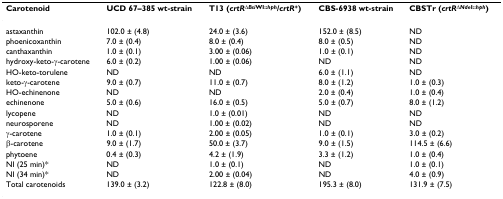
| Carotenoid | UCD 67–385 wt-strain | T13 (crtRΔBsiWI::hph/crtR+) | CBS-6938 wt-strain | CBSTr (crtRΔNdeI::hph) |
 | --- | --- | --- | --- | --- |
 | astaxanthin | 102.0 ± (4.8) | 24.0 ± (3.6) | 152.0 ± (8.5) | ND |
 | phoenicoxanthin | 7.0 ± (0.4) | 8.0 ± (0.4) | 8.0 ± (0.5) | ND |
 | canthaxanthin | 1.0 ± (0.1) | 3.00 ± (0.06) | 1.0 ± (0.1) | ND |
 | hydroxy-keto-γ-carotene | 6.0 ± (0.2) | 1.00 ± (0.06) | ND | ND |
 | HO-keto-torulene | ND | ND | 6.0 ± (1.1) | ND |
 | keto-γ-carotene | 9.0 ± (0.7) | 11.0 ± (0.7) | 8.0 ± (1.2) | 1.0 ± (0.3) |
 | HO-echinenone | ND | ND | 2.0 ± (0.4) | 1.0 ± (0.4) |
 | echinenone | 5.0 ± (0.6) | 16.0 ± (0.5) | 5.0 ± (0.7) | 8.0 ± (1.2) |
 | lycopene | ND | 1.0 ± (0.01) | ND | ND |
 | neurosporene | ND | 1.00 ± (0.02) | ND | ND |
 | γ-carotene | 1.0 ± (0.1) | 2.00 ± (0.05) | 1.0 ± (0.1) | 3.0 ± (0.2) |
 | β-carotene | 9.0 ± (1.7) | 50.0 ± (3.7) | 9.0 ± (1.5) | 114.5 ± (6.6) |
 | phytoene | 0.4 ± (0.3) | 4.2 ± (1.9) | 3.3 ± (1.2) | 1.0 ± (0.4) |
 | NI (25 min)* | ND | 1.0 ± (0.1) | ND | 1.0 ± (0.1) |
 | NI (34 min)* | ND | 2.00 ± (0.04) | ND | 4.0 ± (0.9) |
 | Total carotenoids | 139.0 ± (3.2) | 122.8 ± (8.0) | 195.3 ± (8.0) | 131.9 ± (7.5) |